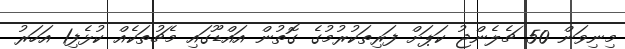
މިނިވަން 50 ޗެލެންޖު ކަޕަށް ފަރިތަކުރުމުގެ ގޮތުން އައްޑޫގައި މެޗުތަކެއް ކުޅެފި1 އަހަރު